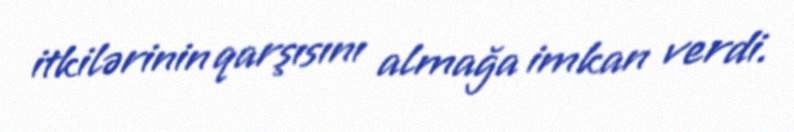
itkilərinin qarşısını almağa imkan verdi.